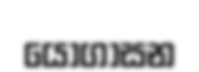
යෝගාසන